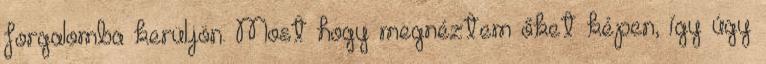
forgalomba kerüljön. Most hogy megnéztem őket képen, így úgy